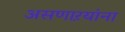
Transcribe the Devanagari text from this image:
असणाऱयांना